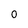
Character: 0